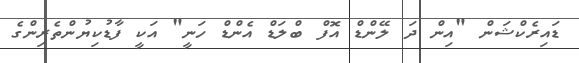
ޑައިރެކްޝަން "އިން ދަ ލޭންޑް އޮފް ބްލަޑް އެންޑް ހަނީ" އަކީ ފާޑުކިޔުންތެރިންގެ